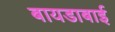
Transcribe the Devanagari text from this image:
बायडाबाई